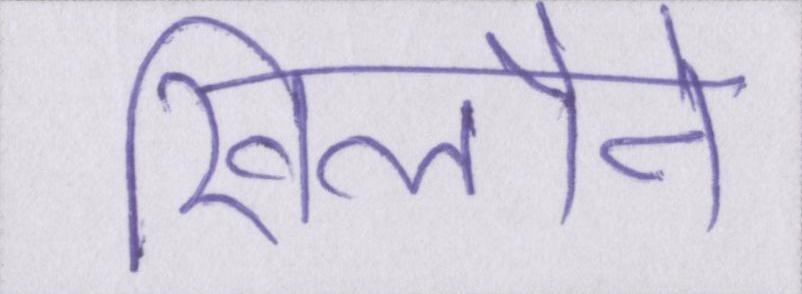
खिलौने